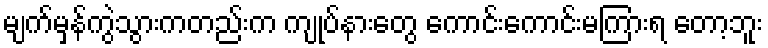
မျက်မှန်ကွဲသွားကတည်းက ကျုပ်နားတွေ ကောင်းကောင်းမကြားရ တော့ဘူး